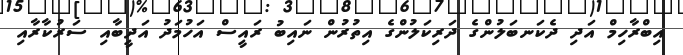
އިބްރާހިމް އަދި ދެކަނބަލުންގެ ދަރިކަލުންގެ އިތުރުން ނައިބު ރައީސް އަހުމަދު އަދީބާއި ސަރުކާރާއި